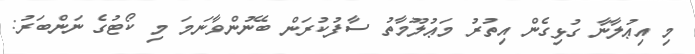
މި އިޢުލާނާ ގުޅިގެން އިތުރު މަޢުލޫމާތު ސާފުކުރަން ބޭނުންވާނަމަ މި ކޯޓުގެ ނަންބަރު: